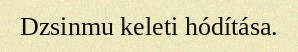
Dzsinmu keleti hódítása.